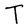
Character: T